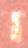
ত্র